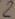
Text: 2